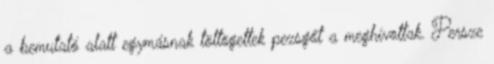
a bemutató alatt egymásnak töltögettek pezsgőt a meghívottak. Persze